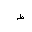
Letter: _da